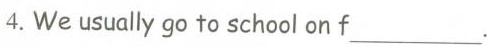
4. We usually go to school on f___.